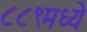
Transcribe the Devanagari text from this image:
८८९मध्ये